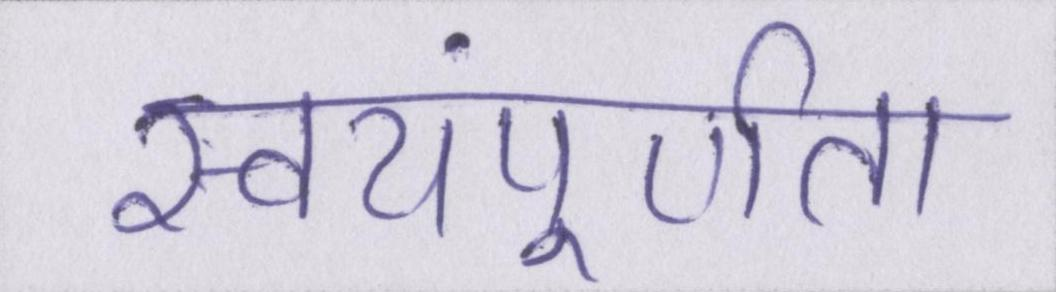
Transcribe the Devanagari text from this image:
स्वयंपूर्णता